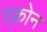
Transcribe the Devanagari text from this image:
एक्रोन